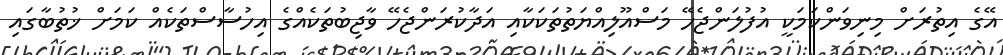
އޭގެ އިތުރަށް މިނިވަންކަމަކީ އުފުލަންޖެހޭ މަސްއޫލިއްޔަތުތަކަކާއި އަދާކުރަންޖެހޭ ވާޖިބުތަކެއްގެ އިހުސާސްތަކެއް ކަމަށް ޚުތުބާގައި